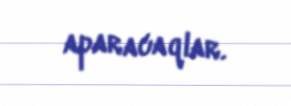
aparacaqlar.